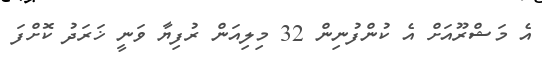
އެ މަޝްރޫއަށް އެ ކުންފުނިން 32 މިލިއަން ރުފިޔާ ވަނީ ޚަރަދު ކޮށްފަ